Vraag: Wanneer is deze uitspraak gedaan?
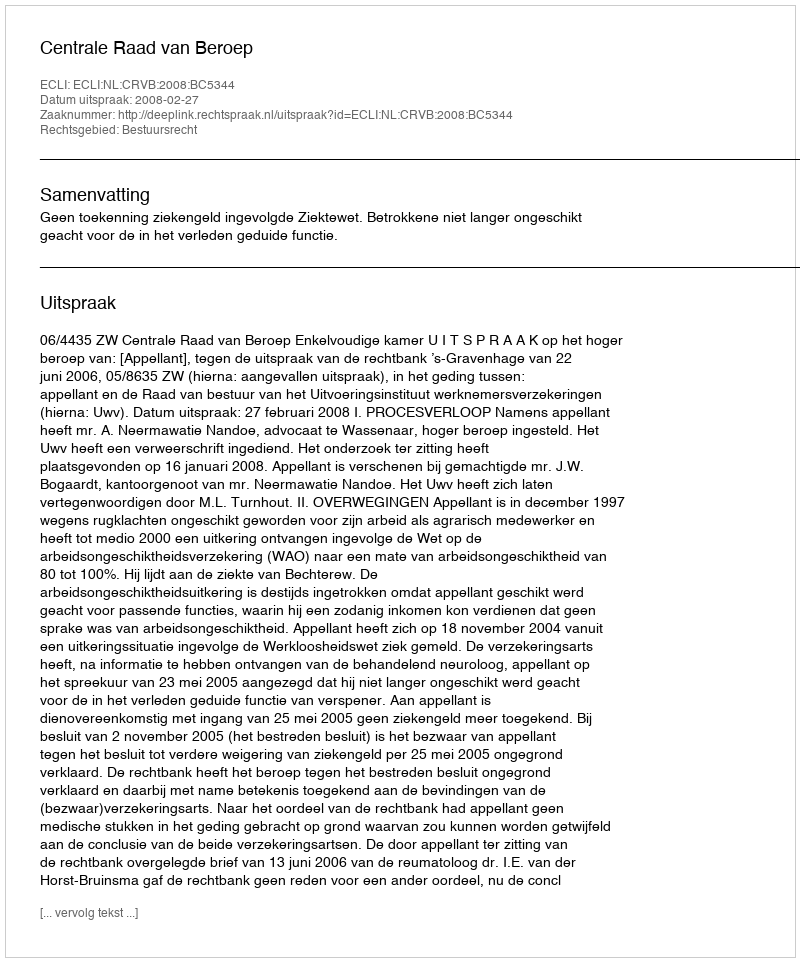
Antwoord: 2008-02-27